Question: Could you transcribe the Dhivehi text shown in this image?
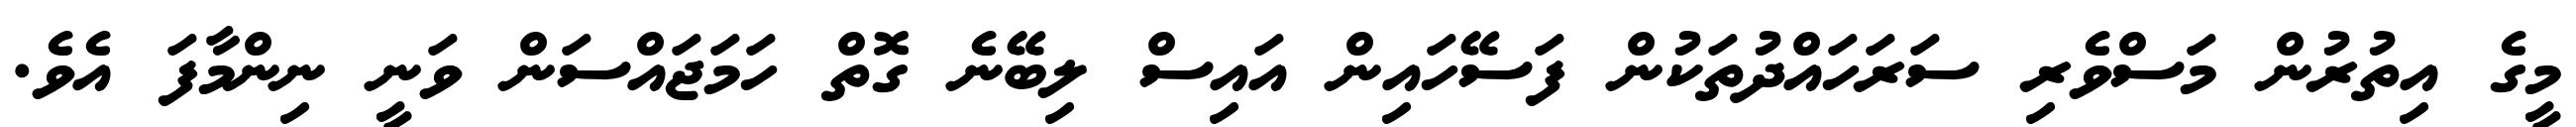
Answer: މީގެ އިތުރުން މަސްވެރި ސަރަހައްދުތަކުން ފަސޭހައިން އައިސް ލިބޭނެ ގޮތް ހަމަޖައްސަން ވަނީ ނިންމާފަ އެވެ.